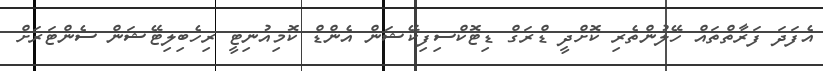
އެފަދަ ފަރާތްތައް ހޭލުންތެރި ކޮށްދީ ޑްރަގް ޑިޓޮކްސިފިކޭޝަން އެންޑް ކޮމިއުނިޓީ ރިހެބިލިޓޭޝަން ސެންޓަރަށް